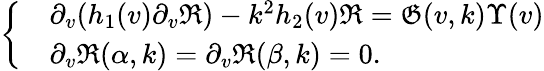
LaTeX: \begin{array}{r}{\left\{ \begin{array}{rl}&{\partial_{v}(h_{1}(v)\partial_{v}\mathfrak{R})-k^{2}h_{2}(v)\mathfrak{R}=\mathfrak{G}(v,k)\Upsilon(v)}\\ &{\partial_{v}\mathfrak{R}(\alpha,k)=\partial_{v}\mathfrak{R}(\beta,k)=0.}\end{array}\right.}\end{array}